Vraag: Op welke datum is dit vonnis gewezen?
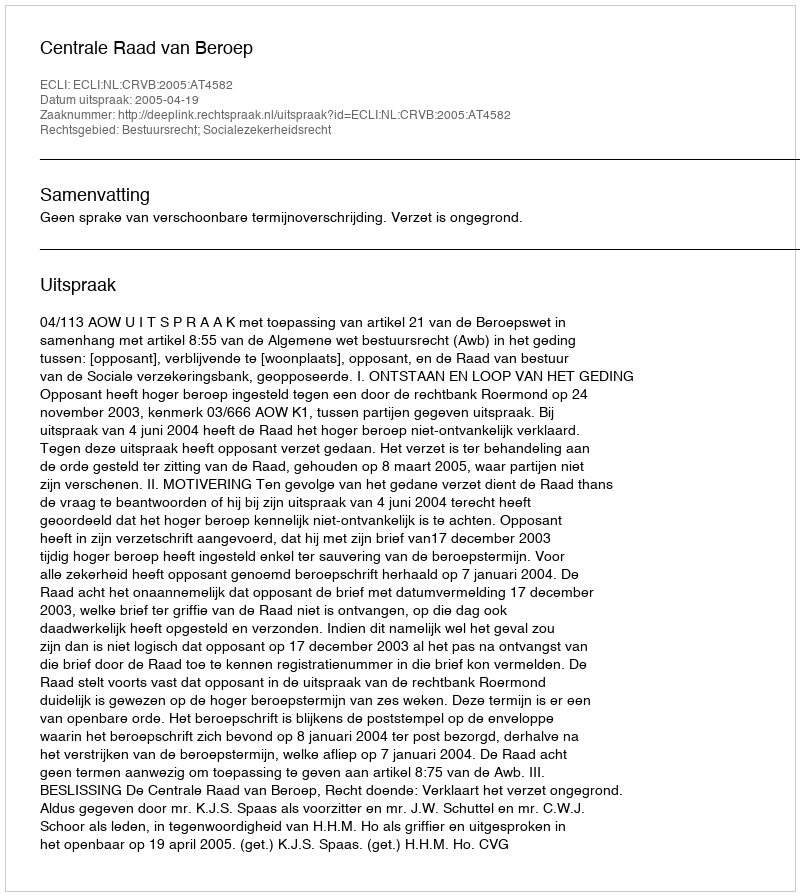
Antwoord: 2005-04-19